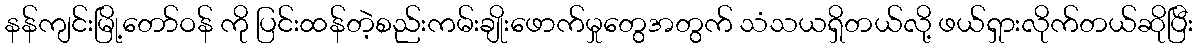
နန်ကျင်းမြို့တော်ဝန် ကို ပြင်းထန်တဲ့စည်းကမ်းချိုးဖောက်မှုတွေအတွက် သံသယရှိတယ်လို့ ဖယ်ရှားလိုက်တယ်ဆိုပြီး